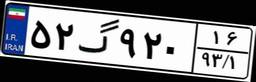
۵۲گ۹۲۰۱۶